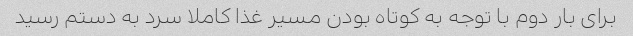
برای بار دوم با توجه به کوتاه بودن مسیر غذا کاملا سرد به دستم رسید